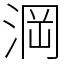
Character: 𣷣